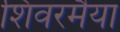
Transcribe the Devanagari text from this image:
शिवरमैया